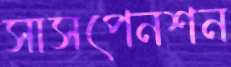
সাসপেনশন